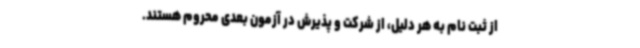
از ثبت نام به هر دلیل، از شرکت و پذیرش در آزمون بعدی محروم هستند.